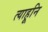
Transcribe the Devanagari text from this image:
त्याहूनि